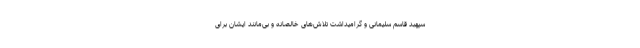
سپهبد قاسم سلیمانی و گرامیداشت تلاش‌های خالصانه و بی‌مانند ایشان برای